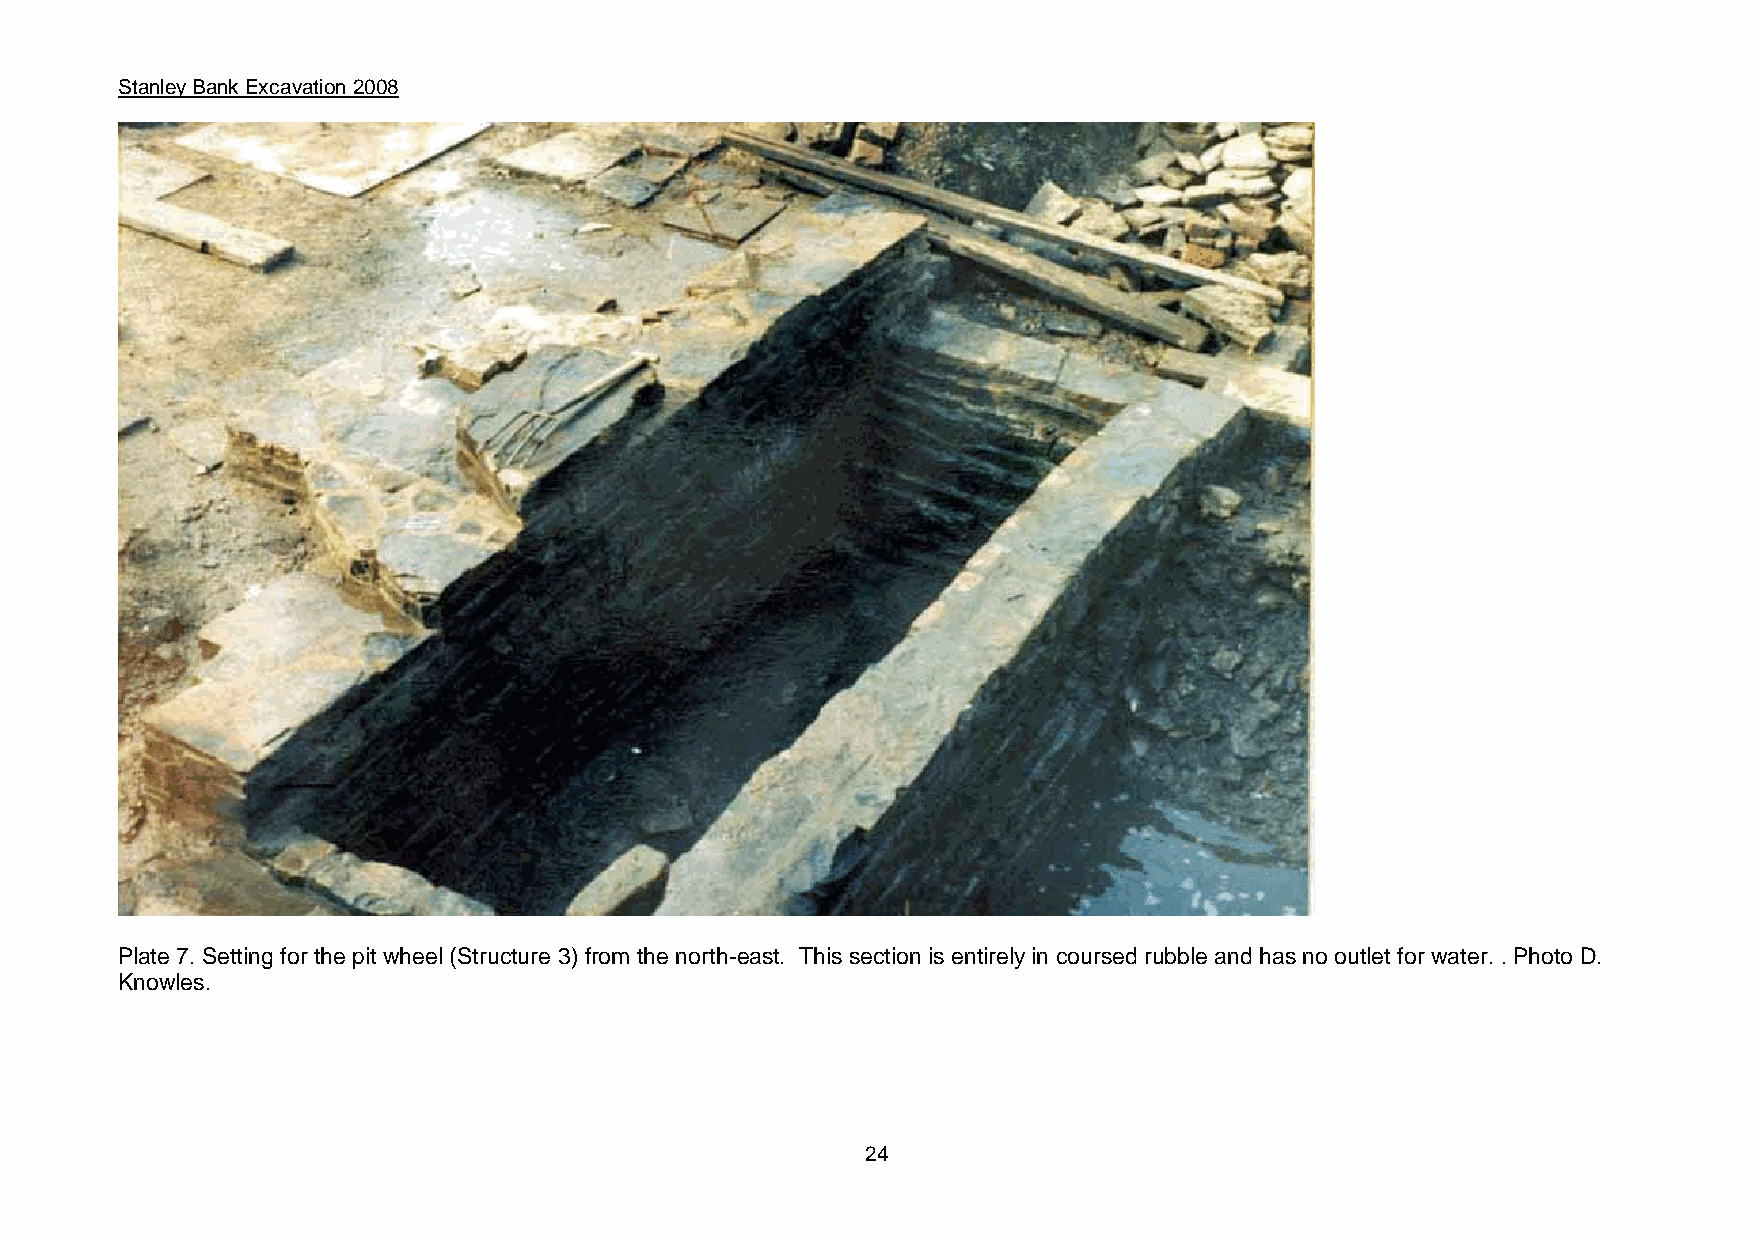
Stanley Bank Excavation 2008
 Plate 7. Setting for the pit wheel (Structure 3) from the north-east. This section is entirely in coursed rubble and has no outlet for water. . Photo D.
 Knowles.
 24